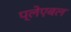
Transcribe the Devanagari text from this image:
प्लेएबल